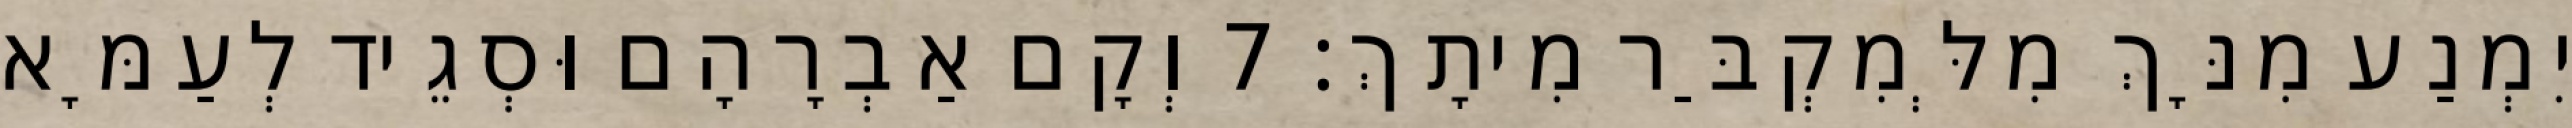
יִמְנַע מִנָּךְ מִלְּמִקְבַּר מִיתָךְ׃ 7 וְקָם אַבְרָהָם וּסְגֵיד לְעַמָּא